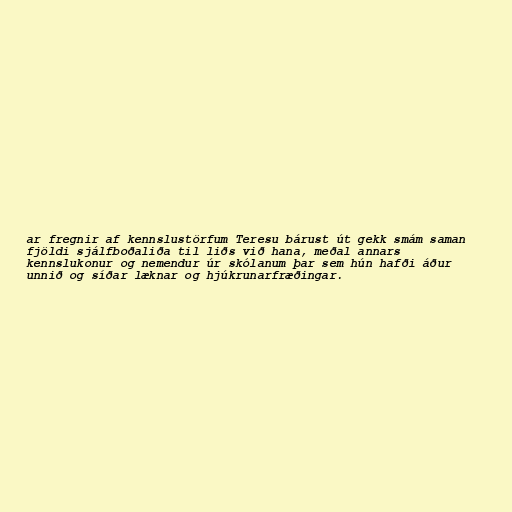
ar fregnir af kennslustörfum Teresu bárust út gekk smám saman
fjöldi sjálfboðaliða til liðs við hana, meðal annars
kennslukonur og nemendur úr skólanum þar sem hún hafði áður
unnið og síðar læknar og hjúkrunarfræðingar.